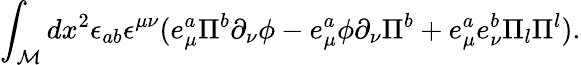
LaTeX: \int_{\cal M}dx^{2}\epsilon_{ab}\epsilon^{\mu\nu}(e_{\mu}^{a}\Pi^{b}\partial_{\nu}\phi-e_{\mu}^{a}\phi\partial_{\nu}\Pi^{b}+e_{\mu}^{a}e_{\nu}^{b}\Pi_{l}\Pi^{l}).